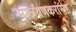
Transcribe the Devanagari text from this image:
मालवणकरांसह